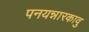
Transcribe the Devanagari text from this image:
पनयन्नारकावु